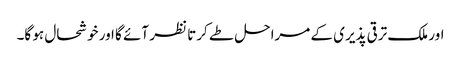
اور ملک ترقی پذیری کے مراحل طے کرتا نظر آئے گا اور خوشحال ہو گا۔